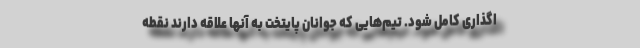
اگذاری کامل شود. تیم‌هایی که جوانان پایتخت به آنها علاقه دارند نقطه